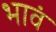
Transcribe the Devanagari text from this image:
भावं